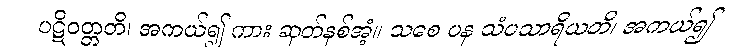
ပဋိဝတ္တတိ၊ အကယ်၍ ကား ဆုတ်နစ်အံ့။ သစေ ပန သံပသာရိယတိ၊ အကယ်၍